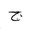
Letter: _gim